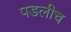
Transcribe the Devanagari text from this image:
पडलीच